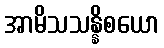
အာမိသသန္နိစယော